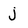
Character: j